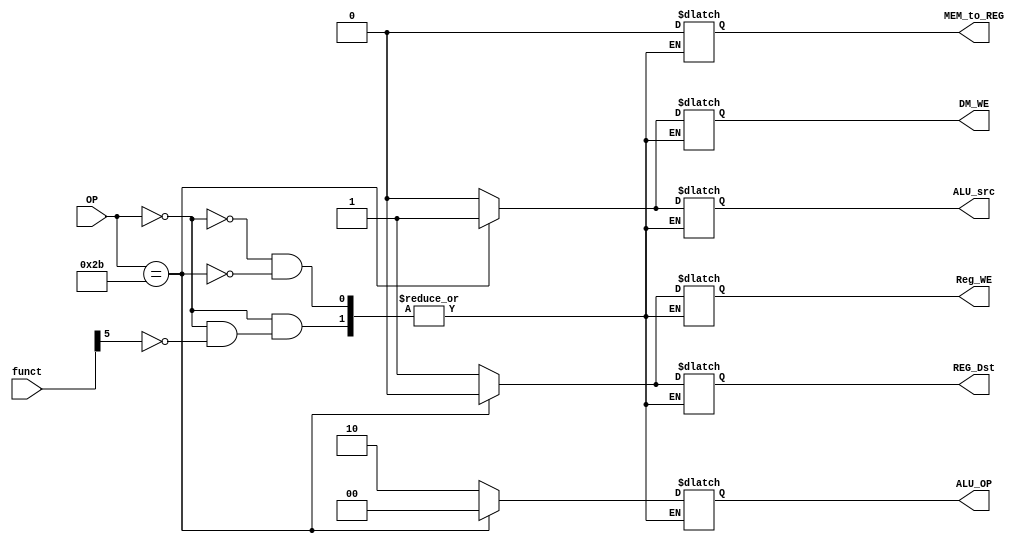
`timescale 1ns / 1ps

module Decoder( OP, Reg_WE, DM_WE, ALU_OP, ALU_src,MEM_to_REG,REG_Dst,funct);
    input [5:0] OP;
    input [5:0] funct;
    output Reg_WE, DM_WE, ALU_src,MEM_to_REG,REG_Dst;
    output [1:0] ALU_OP;
    /* add your design */   	
    reg Reg_WE, DM_WE, ALU_src,MEM_to_REG,REG_Dst;
    reg [1:0] ALU_OP;
    always @(*)
    begin
	case(OP)
	6'b000000: // R-type
	    begin	
                casex(funct)
                6'b1xxxxx:
                    begin
			REG_Dst = 1'b1;
			ALU_src = 1'b0;
		        MEM_to_REG = 1'b0;
		        Reg_WE = 1'b1;
		        DM_WE = 1'b0;
		        ALU_OP = 2'b10;
                    end
                endcase
	    end
	6'b101011: // SW
	    begin	
		REG_Dst = 1'b0; // x
		ALU_src = 1'b1;
		MEM_to_REG = 1'b0; // x
		Reg_WE = 1'b0;
		DM_WE = 1'b1;
		ALU_OP = 2'b00;
	    end
	endcase
	end

endmodule